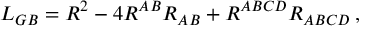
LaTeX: { \cal L } _ { G B } = R ^ { 2 } - 4 R ^ { A B } R _ { A B } + R ^ { A B C D } R _ { A B C D } \, ,